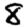
Digit: 8